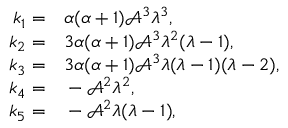
\begin{array} { r l } { k _ { 1 } = } & { { } \alpha ( \alpha + 1 ) \mathcal { A } ^ { 3 } \lambda ^ { 3 } , } \\ { k _ { 2 } = } & { { } 3 \alpha ( \alpha + 1 ) \mathcal { A } ^ { 3 } \lambda ^ { 2 } ( \lambda - 1 ) , } \\ { k _ { 3 } = } & { { } 3 \alpha ( \alpha + 1 ) \mathcal { A } ^ { 3 } \lambda ( \lambda - 1 ) ( \lambda - 2 ) , } \\ { k _ { 4 } = } & { { } - \mathcal { A } ^ { 2 } \lambda ^ { 2 } , } \\ { k _ { 5 } = } & { { } - \mathcal { A } ^ { 2 } \lambda ( \lambda - 1 ) , } \end{array}